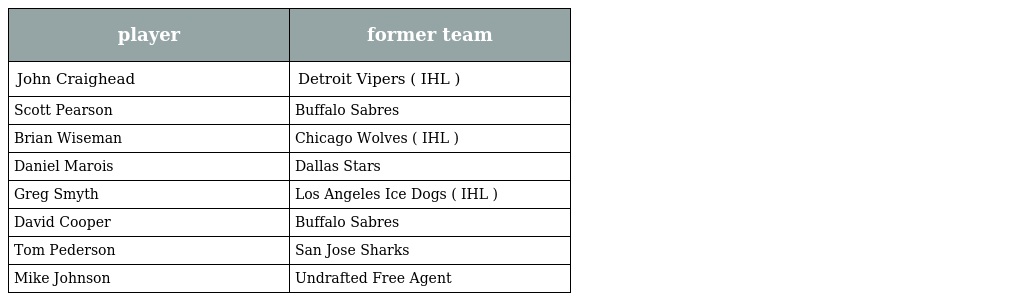
| player | former team |
 | --- | --- |
 | John Craighead | Detroit Vipers ( IHL ) |
 | Scott Pearson | Buffalo Sabres |
 | Brian Wiseman | Chicago Wolves ( IHL ) |
 | Daniel Marois | Dallas Stars |
 | Greg Smyth | Los Angeles Ice Dogs ( IHL ) |
 | David Cooper | Buffalo Sabres |
 | Tom Pederson | San Jose Sharks |
 | Mike Johnson | Undrafted Free Agent |